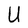
Character: U